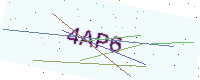
Text: 4AP6